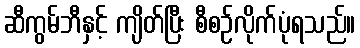
ဆီကွမ်ဘီနှင့် ကျိတ်ပြီး စီစဉ်လိုက်ပုံရသည်။